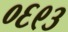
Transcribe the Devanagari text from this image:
०६९३